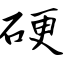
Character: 硬